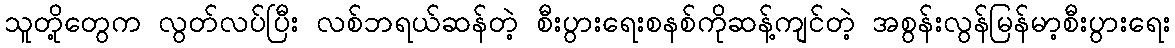
သူတို့တွေက လွတ်လပ်ပြီး လစ်ဘရယ်ဆန်တဲ့ စီးပွားရေးစနစ်ကိုဆန့်ကျင်တဲ့ အစွန်းလွန်မြန်မာ့စီးပွားရေး